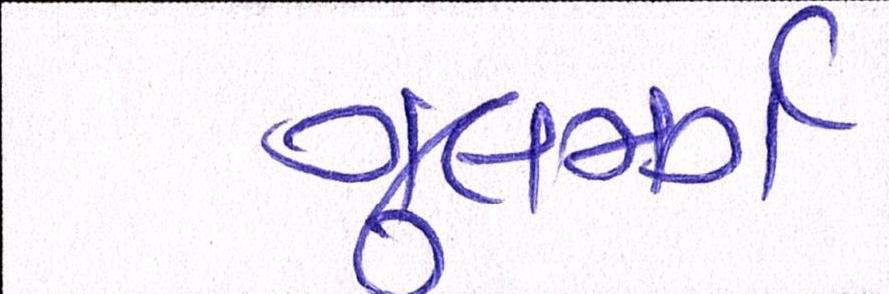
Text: ગુલમર્ગ